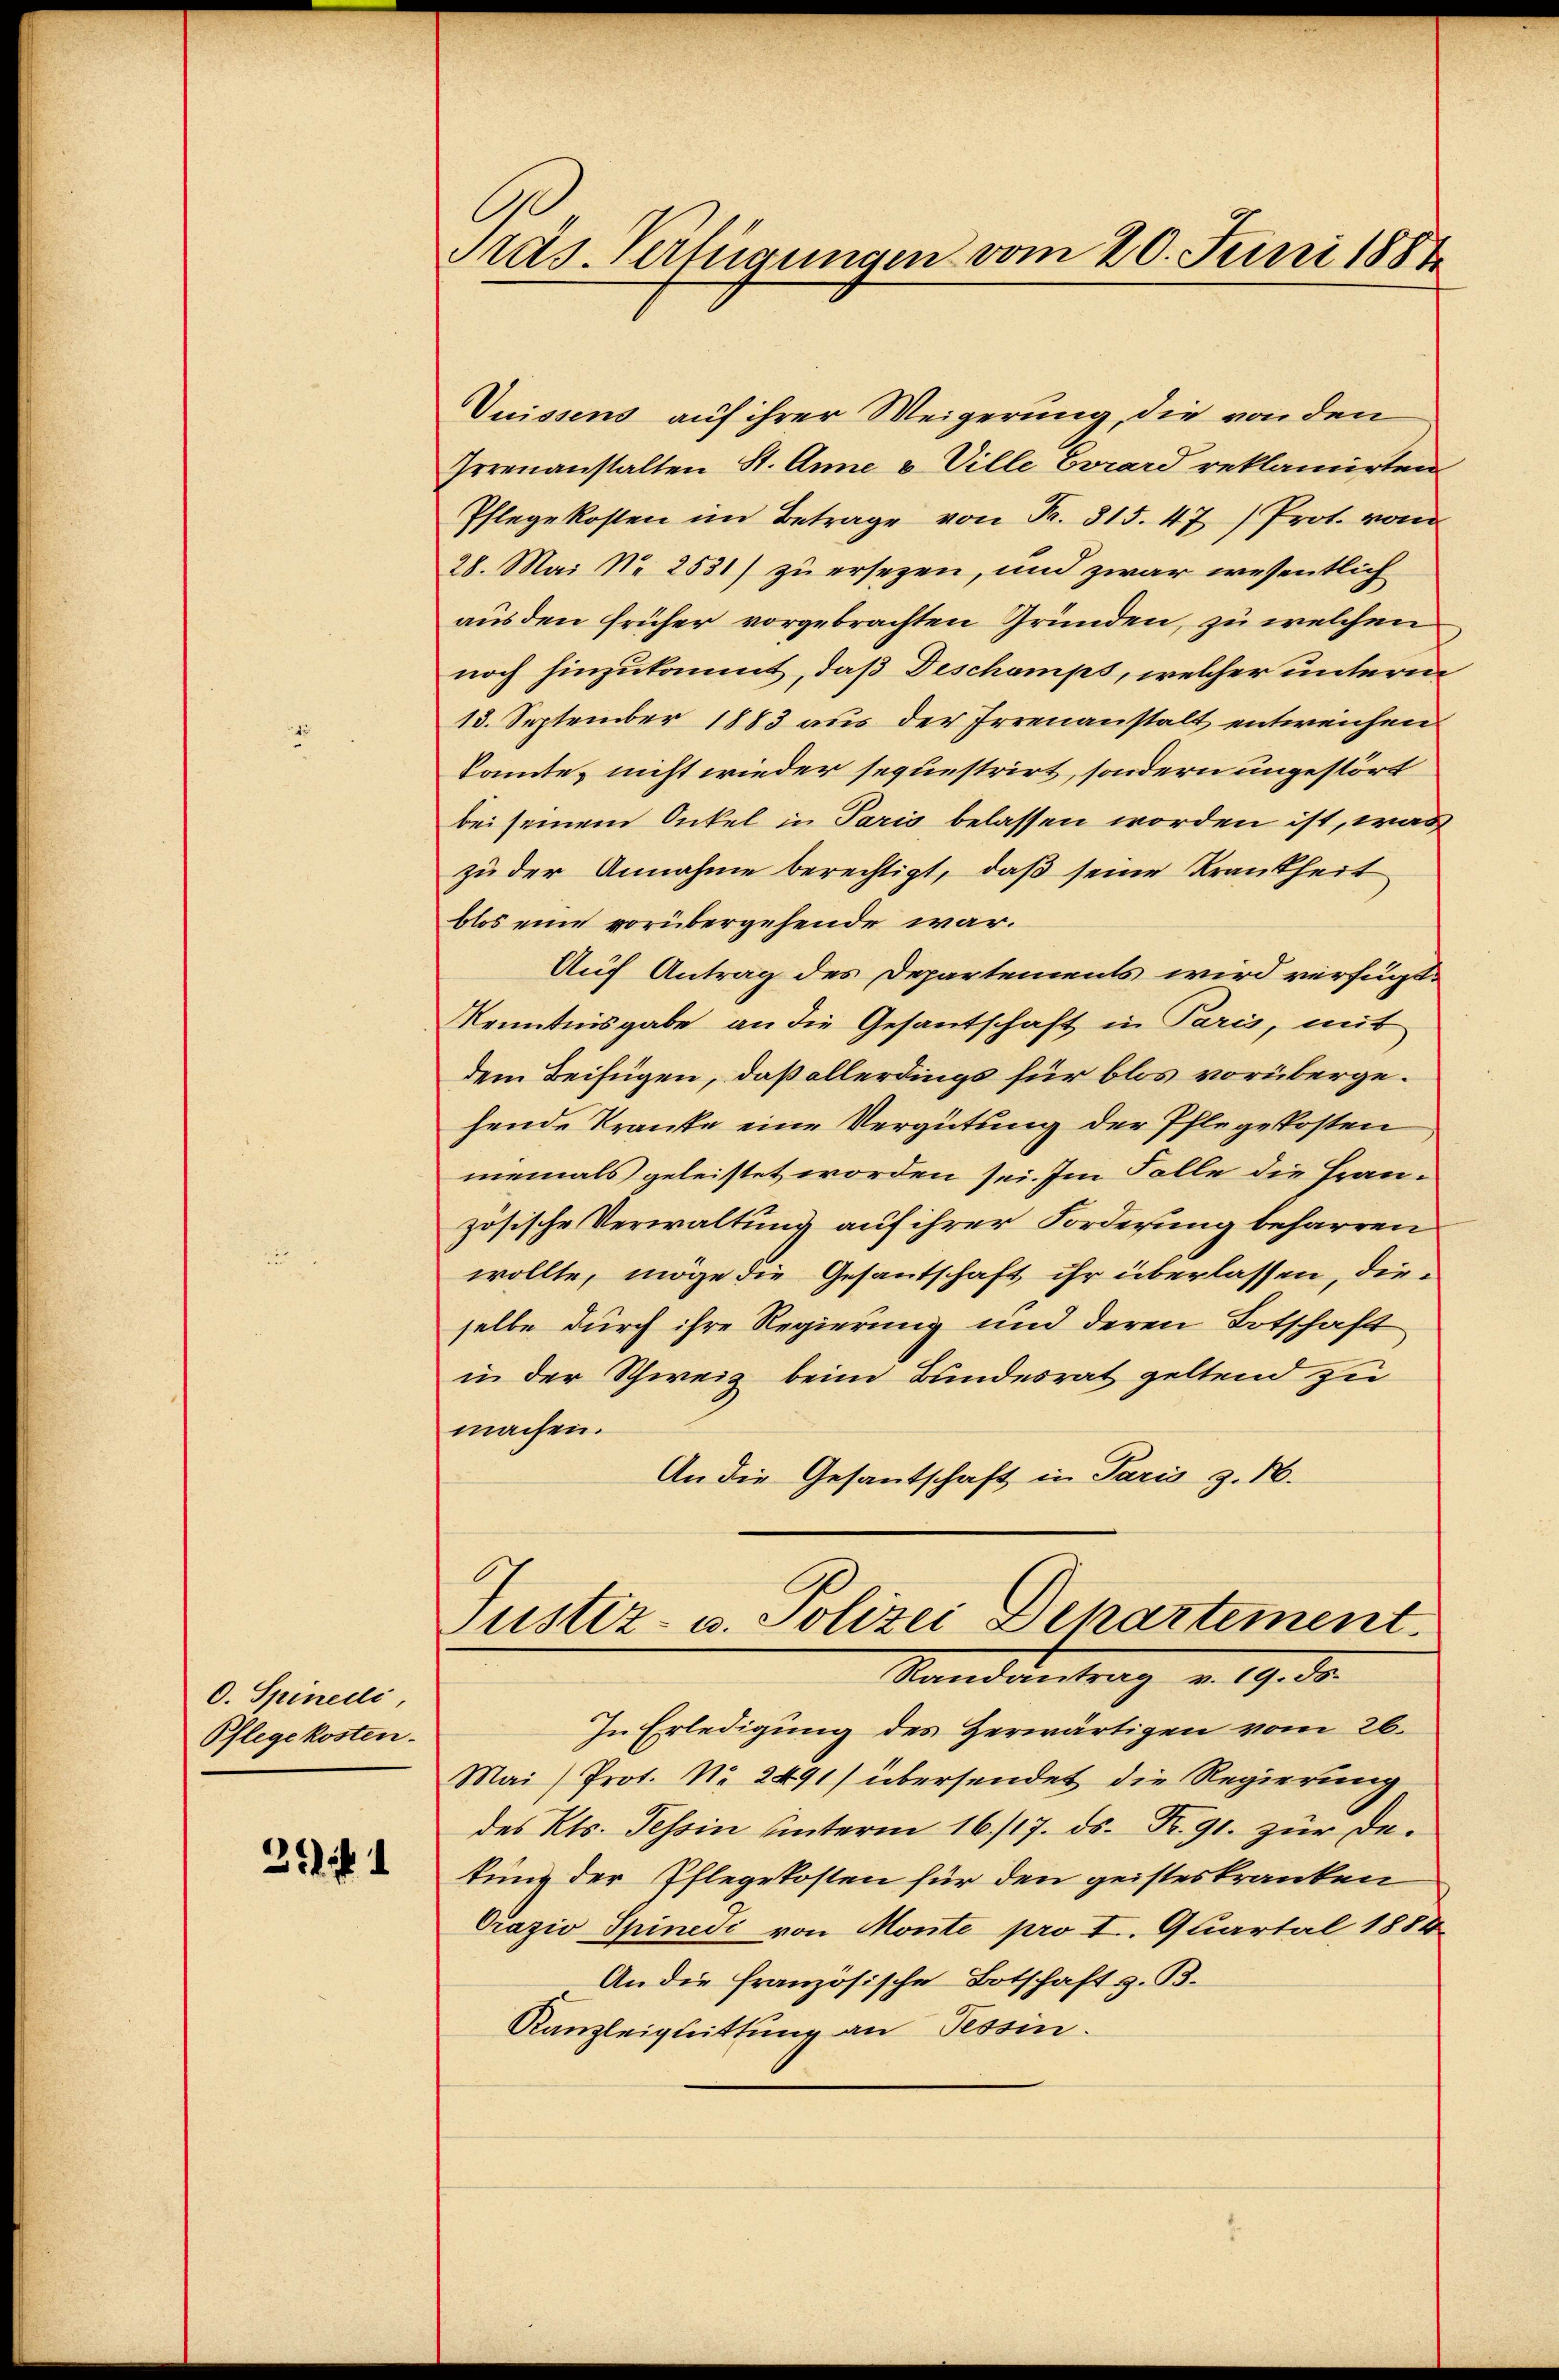
O. Spinedli
Pflegekosten.

Zii 1

Pras. Verfügungen vom 20. Juni 1884

Suissens auf ihrer Weigerung, die von den
Irrenanstalten St. Anne v. Ville Evrard reklamirten
Pflegekosten im Betrage von Fr. 315. 47) Prot. vom
28. Mai No 2531) zu ersezen, und zwar wesentlich
aus den früher vorgebrachten Gründen, zu welchen
noch hinzukommt, daß Deschamps, welcher unterm
18. September 1883 aus der Irrenanstalt entweichen
konnte nicht wieder sequestrirt, sondern ungestört
bei seinem Onkel in Paris belassen worden ist, was
zu der Annahme berechtigt, daß seine Krankheit
blos eine vorübergehende war.
Auf Antrag des Departements wird verfügt:
Kenntnisgabe an die Gesantschaft in Paris, mit
dem Beifügen, daß allerdings für blos vorübergehende Kranke eine Vergütung der Pflegekosten
niemals geleistet worden sei. Im Falle die Französische Verwaltung auf ihrer Forderung beharren
wollte, möge die Gesantschaft ihr überlassen, dieselbe durch ihre Regierung und deren Botschaft
in der Schweiz beim Bundesrat geltend zu
machen.
An die Gesantschaft in Paris z. B.

Justiz- u. Polizei Departement.
Randantrag v. 19. ds.

In Erledigung des Herwärtigen vom 26.
Mai/Prot. No. 2491) übersendet die Regierung
des Kts. Tessin unterm 16./17. ds. Nr. 91. zur Detung der Pflegekosten für den geisteskranken
Orazio Spinedi von Monte pro I. Quartal 1884
An die französische Botschaft z. B.
Kanzleiquittung an Tessin.